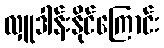
လှူဒါန်းနိုင်ကြောင်း